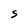
Character: S